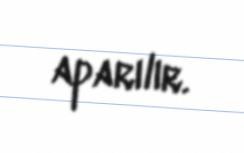
aparılır.